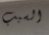
السبب